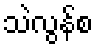
သဲလွန်စ